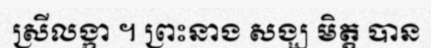
ស្រីលង្កា ។ ព្រះនាង សង្ឃ មិត្ត បាន